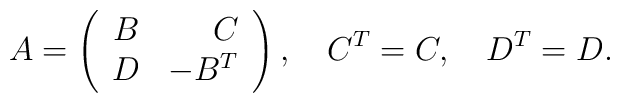
A=\left(\begin{array}{crc}B&C\\D&-B^T\\\end{array}\right),\quad C^T=C,\quad D^T=D.